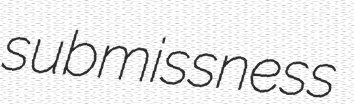
submissness